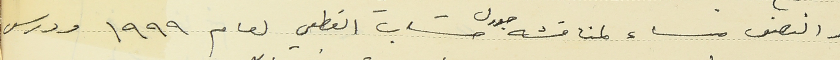
والنصف مساء لمناقشه جدول حساب القطعي لعام ١٩٩٩ ودرس